Document type: Grant
Year: 1301
Scribe: Berenguer de Terrassa
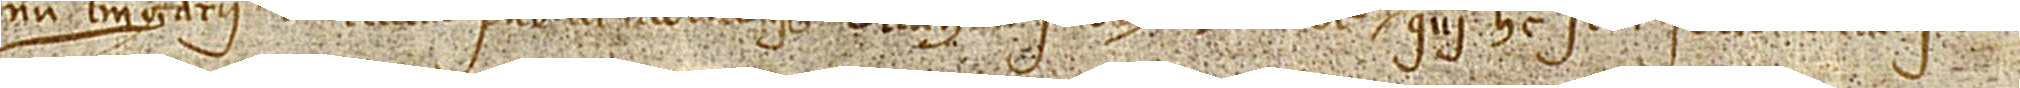
num Berengarii de Terracia, publici tabellionis Tarrachone sub Michaele Boter, qui hec scribi fecit et clausit.